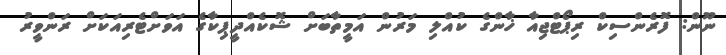
ނޫން: ފޮރެންސިކް ރިޕޯޓްޖިއާ ޚާންގެ ކުއްލި މަރުން އަމީތާބަށް ޝޮކެއްދީޕިކާގެ އަވަށްޓެރިއަކަށް ރަންވީރު